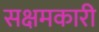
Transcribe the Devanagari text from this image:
सक्षमकारी